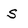
Character: S